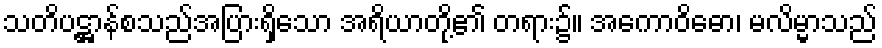
သတိပဋ္ဌာန်စသည်အပြားရှိသော အရိယာတို့၏ တရား၌။ အကောဝိဓော၊ မလိမ္မာသည်